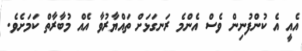
އެއީ އެ ކުންފުނިން ވެސް އެންމެ ރަނގަޅަށް ތައްޔާރުވާ އެއް މުބާރާތް ކަމަށެވެ.